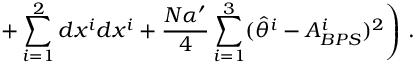
\left. + \sum _ { i = 1 } ^ { 2 } d x ^ { i } d x ^ { i } + \frac { N \alpha ^ { \prime } } { 4 } \sum _ { i = 1 } ^ { 3 } ( \hat { \theta } ^ { i } - A _ { B P S } ^ { i } ) ^ { 2 } \right) \, .